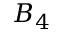
B _ { 4 }